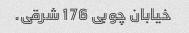
خیابان چوبی 176 شرقی.